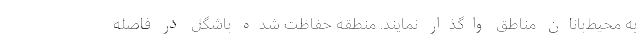
به محیط‌بانان مناطق واگذار نمایند. منطقه حفاظت شده باشگل در فاصله